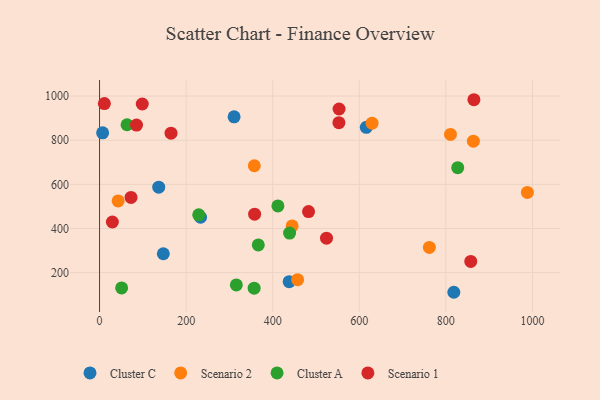
{"axis": {"x": "Speed", "y": "Exam Score"}, "legend": ["Cluster A", "Cluster C", "Scenario 1", "Scenario 2"], "data": [{"x": "310.8", "y": 905.9, "type": "Cluster C"}, {"x": "616.2", "y": 858.2, "type": "Cluster C"}, {"x": "7.1", "y": 833.6, "type": "Cluster C"}, {"x": "136.7", "y": 587.2, "type": "Cluster C"}, {"x": "147.3", "y": 285.5, "type": "Cluster C"}, {"x": "818.4", "y": 111.0, "type": "Cluster C"}, {"x": "438.0", "y": 158.8, "type": "Cluster C"}, {"x": "233.3", "y": 451.0, "type": "Cluster C"}, {"x": "444.9", "y": 411.8, "type": "Scenario 2"}, {"x": "810.7", "y": 826.1, "type": "Scenario 2"}, {"x": "42.9", "y": 525.0, "type": "Scenario 2"}, {"x": "761.9", "y": 314.4, "type": "Scenario 2"}, {"x": "357.5", "y": 684.3, "type": "Scenario 2"}, {"x": "863.6", "y": 795.8, "type": "Scenario 2"}, {"x": "457.5", "y": 167.9, "type": "Scenario 2"}, {"x": "988.3", "y": 563.6, "type": "Scenario 2"}, {"x": "629.5", "y": 877.1, "type": "Scenario 2"}, {"x": "439.0", "y": 379.1, "type": "Cluster A"}, {"x": "316.0", "y": 144.1, "type": "Cluster A"}, {"x": "51.0", "y": 130.6, "type": "Cluster A"}, {"x": "412.0", "y": 502.4, "type": "Cluster A"}, {"x": "229.1", "y": 461.7, "type": "Cluster A"}, {"x": "357.1", "y": 129.8, "type": "Cluster A"}, {"x": "827.4", "y": 675.6, "type": "Cluster A"}, {"x": "63.5", "y": 870.0, "type": "Cluster A"}, {"x": "366.7", "y": 325.4, "type": "Cluster A"}, {"x": "857.5", "y": 250.9, "type": "Scenario 1"}, {"x": "864.8", "y": 983.4, "type": "Scenario 1"}, {"x": "524.3", "y": 355.9, "type": "Scenario 1"}, {"x": "358.2", "y": 464.8, "type": "Scenario 1"}, {"x": "553.3", "y": 941.3, "type": "Scenario 1"}, {"x": "98.7", "y": 964.1, "type": "Scenario 1"}, {"x": "85.4", "y": 868.6, "type": "Scenario 1"}, {"x": "165.1", "y": 832.0, "type": "Scenario 1"}, {"x": "11.1", "y": 966.0, "type": "Scenario 1"}, {"x": "29.6", "y": 429.3, "type": "Scenario 1"}, {"x": "72.7", "y": 540.7, "type": "Scenario 1"}, {"x": "552.9", "y": 879.6, "type": "Scenario 1"}, {"x": "482.8", "y": 476.7, "type": "Scenario 1"}]}